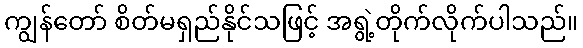
ကျွန်တော် စိတ်မရှည်နိုင်သဖြင့် အရွဲ့တိုက်လိုက်ပါသည်။